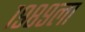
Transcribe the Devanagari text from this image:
१९८९ला